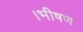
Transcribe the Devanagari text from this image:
।भीषण